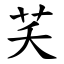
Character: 芺